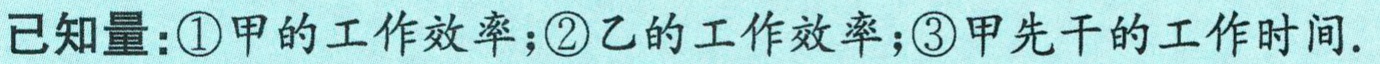
已知量：\textcircled{1}甲的工作效率；\textcircled{2}乙的工作效率；\textcircled{3}甲先干的工作时间.